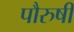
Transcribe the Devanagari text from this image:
पौरुषी